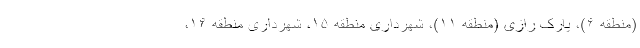
(منطقه ۶)، پارک رازی (منطقه ۱۱)، شهرداری منطقه ۱۵، شهرداری منطقه ۱۶،